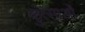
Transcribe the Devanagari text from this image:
कुत्साओं